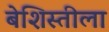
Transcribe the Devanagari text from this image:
बेशिस्तीला